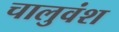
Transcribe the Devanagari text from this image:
चालुवंश